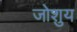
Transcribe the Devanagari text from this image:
जोशुय